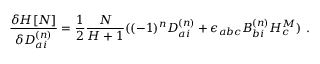
\frac { { \delta } { \cal H } [ N ] } { { \delta } D _ { a i } ^ { ( n ) } } = \frac { 1 } { 2 } \frac { N } { { \cal H } + 1 } ( ( - 1 ) ^ { n } D _ { a i } ^ { ( n ) } + { \epsilon } _ { a b c } B _ { b i } ^ { ( n ) } { \cal H } _ { c } ^ { M } ) \ .